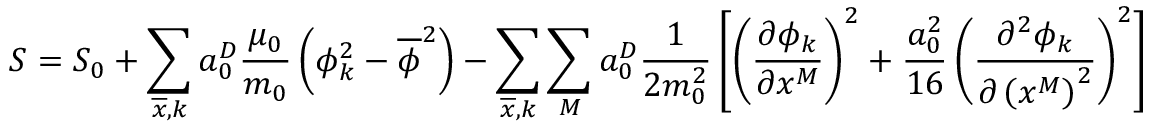
S = S _ { 0 } + \sum _ { \overline { { x } } , k } a _ { 0 } ^ { D } \frac { \mu _ { 0 } } { m _ { 0 } } \left( \phi _ { k } ^ { 2 } - \overline { { \phi } } ^ { 2 } \right) - \sum _ { \overline { { x } } , k } \sum _ { M } a _ { 0 } ^ { D } \frac { 1 } { 2 m _ { 0 } ^ { 2 } } \left[ \left( \frac { \partial \phi _ { k } } { \partial x ^ { M } } \right) ^ { 2 } + \frac { a _ { 0 } ^ { 2 } } { 1 6 } \left( \frac { \partial ^ { 2 } \phi _ { k } } { \partial \left( x ^ { M } \right) ^ { 2 } } \right) ^ { 2 } \right]